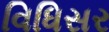
વિધિસર